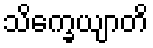
သိက္ခေယျာတိ